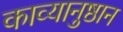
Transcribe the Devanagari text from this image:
काव्यानुष्ठान